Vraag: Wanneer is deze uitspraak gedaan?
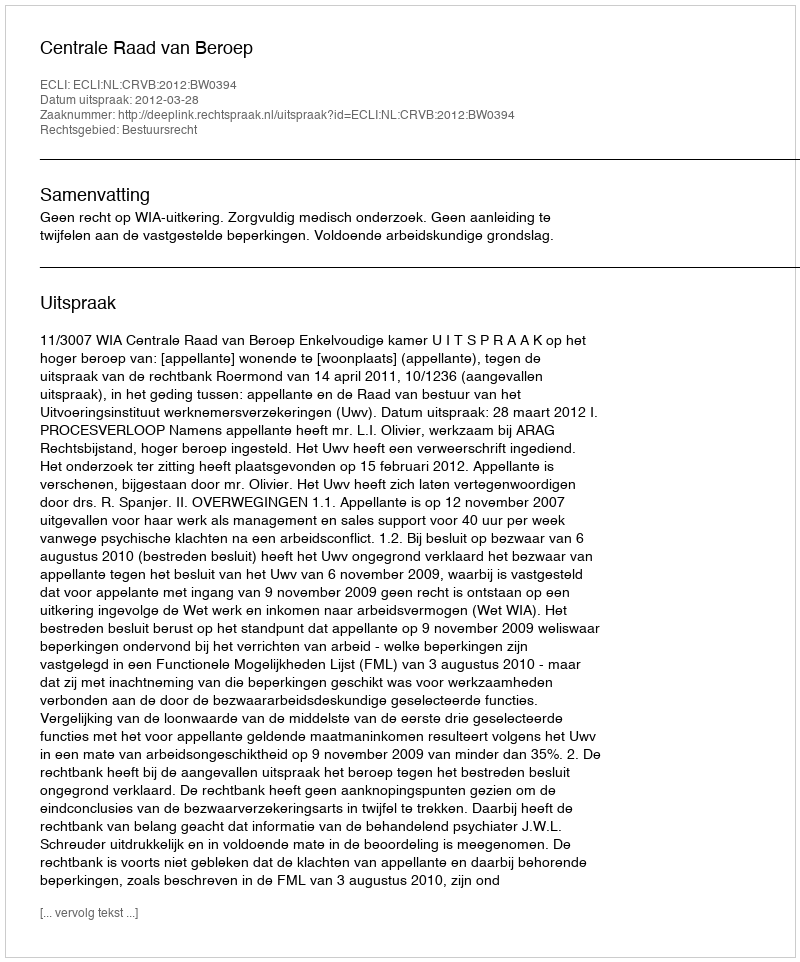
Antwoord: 2012-03-28